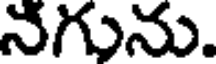
నగును.